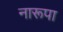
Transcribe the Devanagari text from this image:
नारूपा